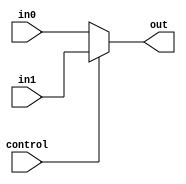
`timescale 1ns / 1ps
//////////////////////////////////////////////////////////////////////////////////
// Company: 
// Engineer: 
// 
// Design Name: 
// Module Name: MUL32
// Project Name: 
// Target Devices: 
// Tool Versions: 
// Description: 
// 
// Dependencies: 
// 
// Revision:
// Revision 0.01 - File Created
// Additional Comments:
// 
//////////////////////////////////////////////////////////////////////////////////


module MUL32
(
 input control,
 input [31:0] in0,
 input [31:0] in1,
 output [31:0] out
);

assign out=control?in1:in0;
endmodule